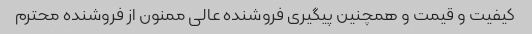
کیفیت و قیمت و همچنین پیگیری فروشنده عالی ممنون از فروشنده محترم